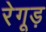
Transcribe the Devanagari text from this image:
रेगूड़